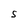
Character: S